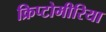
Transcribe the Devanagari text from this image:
क्रिप्टोमीरिया